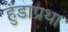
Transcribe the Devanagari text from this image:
हुंडाप्रथा